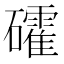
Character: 礭